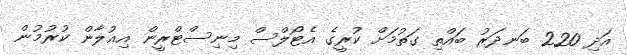
އަދި 220 ބަނދަރު ބައްތި ގަތުމަށް ކުރީގެ އެޓޯލްސް މިނިސްޓްރީން އިއުލާން ކުރުމުން